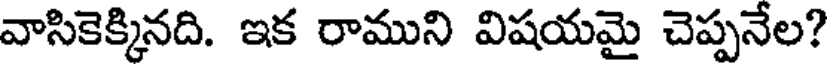
వాసికెక్కినది. ఇక రాముని విషయమై చెప్పనేల?